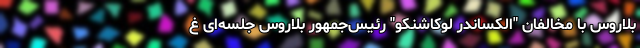
بلاروس با مخالفان "الکساندر لوکاشنکو" رئیس‌جمهور بلاروس جلسه‌ای غ